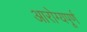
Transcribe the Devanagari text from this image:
आरोग्यपूर्ण